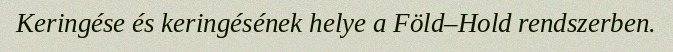
Keringése és keringésének helye a Föld–Hold rendszerben.